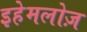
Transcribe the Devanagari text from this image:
इहेमलोज़